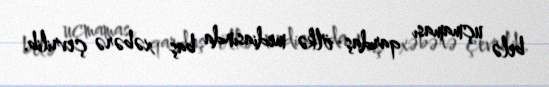
belə uçmaması qardaş ölkə mediasında baş xəbərə çevrilib.